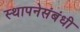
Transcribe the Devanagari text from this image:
स्थापनेसंबंधी